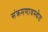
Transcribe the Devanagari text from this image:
संक्रमणावस्थेत